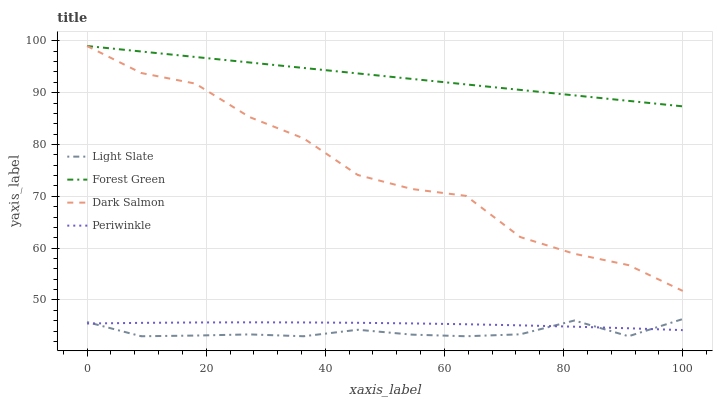
| xaxis_label | Light Slate | Forest Green | Dark Salmon | Periwinkle |
 | --- | --- | --- | --- | --- |
 | 0 | 45.7 | 99 | 99 | 45.5 |
 | 9.09 | 43 | 97.9 | 93.8 | 45.6 |
 | 18.2 | 43.1 | 96.9 | 91.7 | 45.7 |
 | 27.3 | 43.4 | 95.8 | 85.3 | 45.7 |
 | 36.4 | 43 | 94.8 | 81.2 | 45.7 |
 | 45.5 | 44.3 | 93.7 | 74.1 | 45.6 |
 | 54.5 | 43.3 | 92.6 | 71.4 | 45.5 |
 | 63.6 | 43 | 91.6 | 70.1 | 45.3 |
 | 72.7 | 43.4 | 90.5 | 62.1 | 45.1 |
 | 81.8 | 46 | 89.5 | 58.9 | 44.8 |
 | 90.9 | 43 | 88.4 | 56.7 | 44.5 |
 | 100 | 46.3 | 87.4 | 51.7 | 44.2 |